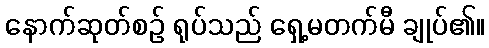
နောက်ဆုတ်စဉ် ရုပ်သည် ရှေ့မတက်မီ ချုပ်၏။